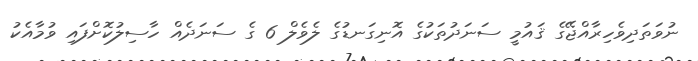
ނުވަތަދިވެހިރާއްޖޭގެ ޤައުމީ ސަނަދުތަކުގެ އޮނިގަނޑުގެ ލެވެލް 6 ގެ ސަނަދެއް ހާސިލުކޮށްފައި ވުމާއެކު